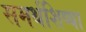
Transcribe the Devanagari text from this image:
समर्थशिष्या